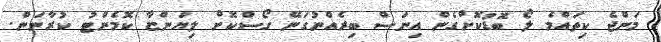
މަންޖެ ކިތައްމެ ލޯ ބޮޑުކޮށްގެން އިނަސް ބިރެއްނުގަނޭ ގޯސްކޮށް ލިޔަންޏާ ކޮމެންޓު ކުރާނަން.